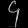
Digit: ၄